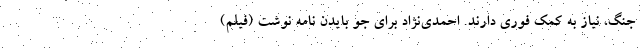
جنگ، نیاز به کمک فوری دارند. احمدی‌نژاد برای جو بایدن نامه نوشت (فیلم)